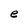
Character: e